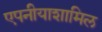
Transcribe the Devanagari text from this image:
एपनीयाशामिल